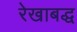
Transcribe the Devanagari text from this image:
रेखाबद्ध